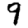
Digit: 9